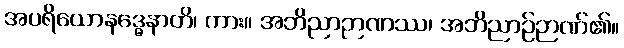
အပရိယောနဒ္ဓေနာတိ၊ ကား။ အဘိညာဉာဏဿ၊ အဘိညာဉ်ဉာဏ်၏။